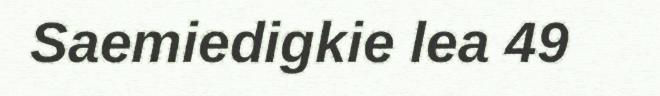
Saemiedigkie lea 49